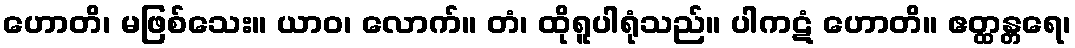
ဟောတိ၊ မဖြစ်သေး။ ယာဝ၊ လောက်။ တံ၊ ထိုရူပါရုံသည်။ ပါကဋံ ဟောတိ။ ဧတ္ထန္တရေ၊